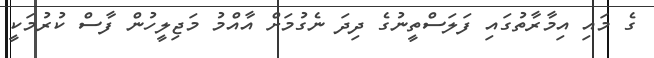
ގެ މައި އިމާރާތުގައި ފަލަސްތީނުގެ ދިދަ ނެގުމަށް އާއްމު މަޖިލީހުން ފާސް ކުރުމަކީ